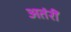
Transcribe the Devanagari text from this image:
अतंरीं